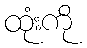
ထုံးကို